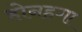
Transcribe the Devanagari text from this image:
होनहगा